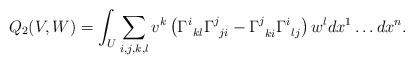
LaTeX: \begin{align*} Q_2(V,W) = \int_U \sum_{i,j,k,l} v^k \left( \Gamma^i_{\: \: kl}\Gamma^j_{\: \: ji} -\Gamma^j_{\: \: ki} \Gamma^i_{ \: \: lj} \right) w^l dx^1 \ldots dx^n.\end{align*}